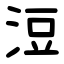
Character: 浢